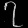
Digit: ၇